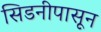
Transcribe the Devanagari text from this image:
सिडनीपासून